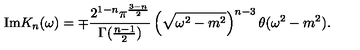
\mathrm { I m } K _ { n } ( \omega ) = \mp \frac { 2 ^ { 1 - n } \pi ^ { \frac { 3 - n } { 2 } } } { \Gamma ( \frac { n - 1 } { 2 } ) } \left( \sqrt { \omega ^ { 2 } - m ^ { 2 } } \right) ^ { n - 3 } \theta ( \omega ^ { 2 } - m ^ { 2 } ) .